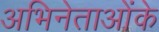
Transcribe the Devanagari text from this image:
अभिनेताओंके